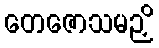
တေဇောသမဉှိ